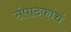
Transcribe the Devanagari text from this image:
संपादकांचं